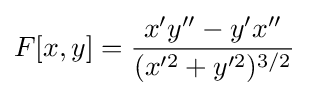
F[x,y]={\frac {x'y''-y'x''}{(x'^{2}+y'^{2})^{3/2}}}